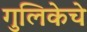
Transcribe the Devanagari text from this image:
गुलिकेचे